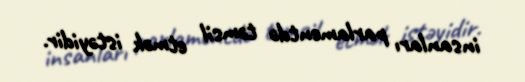
insanları parlamentdə təmsil etmək istəyidir.